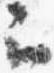
云